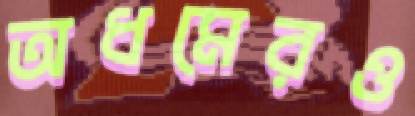
অধমেরও